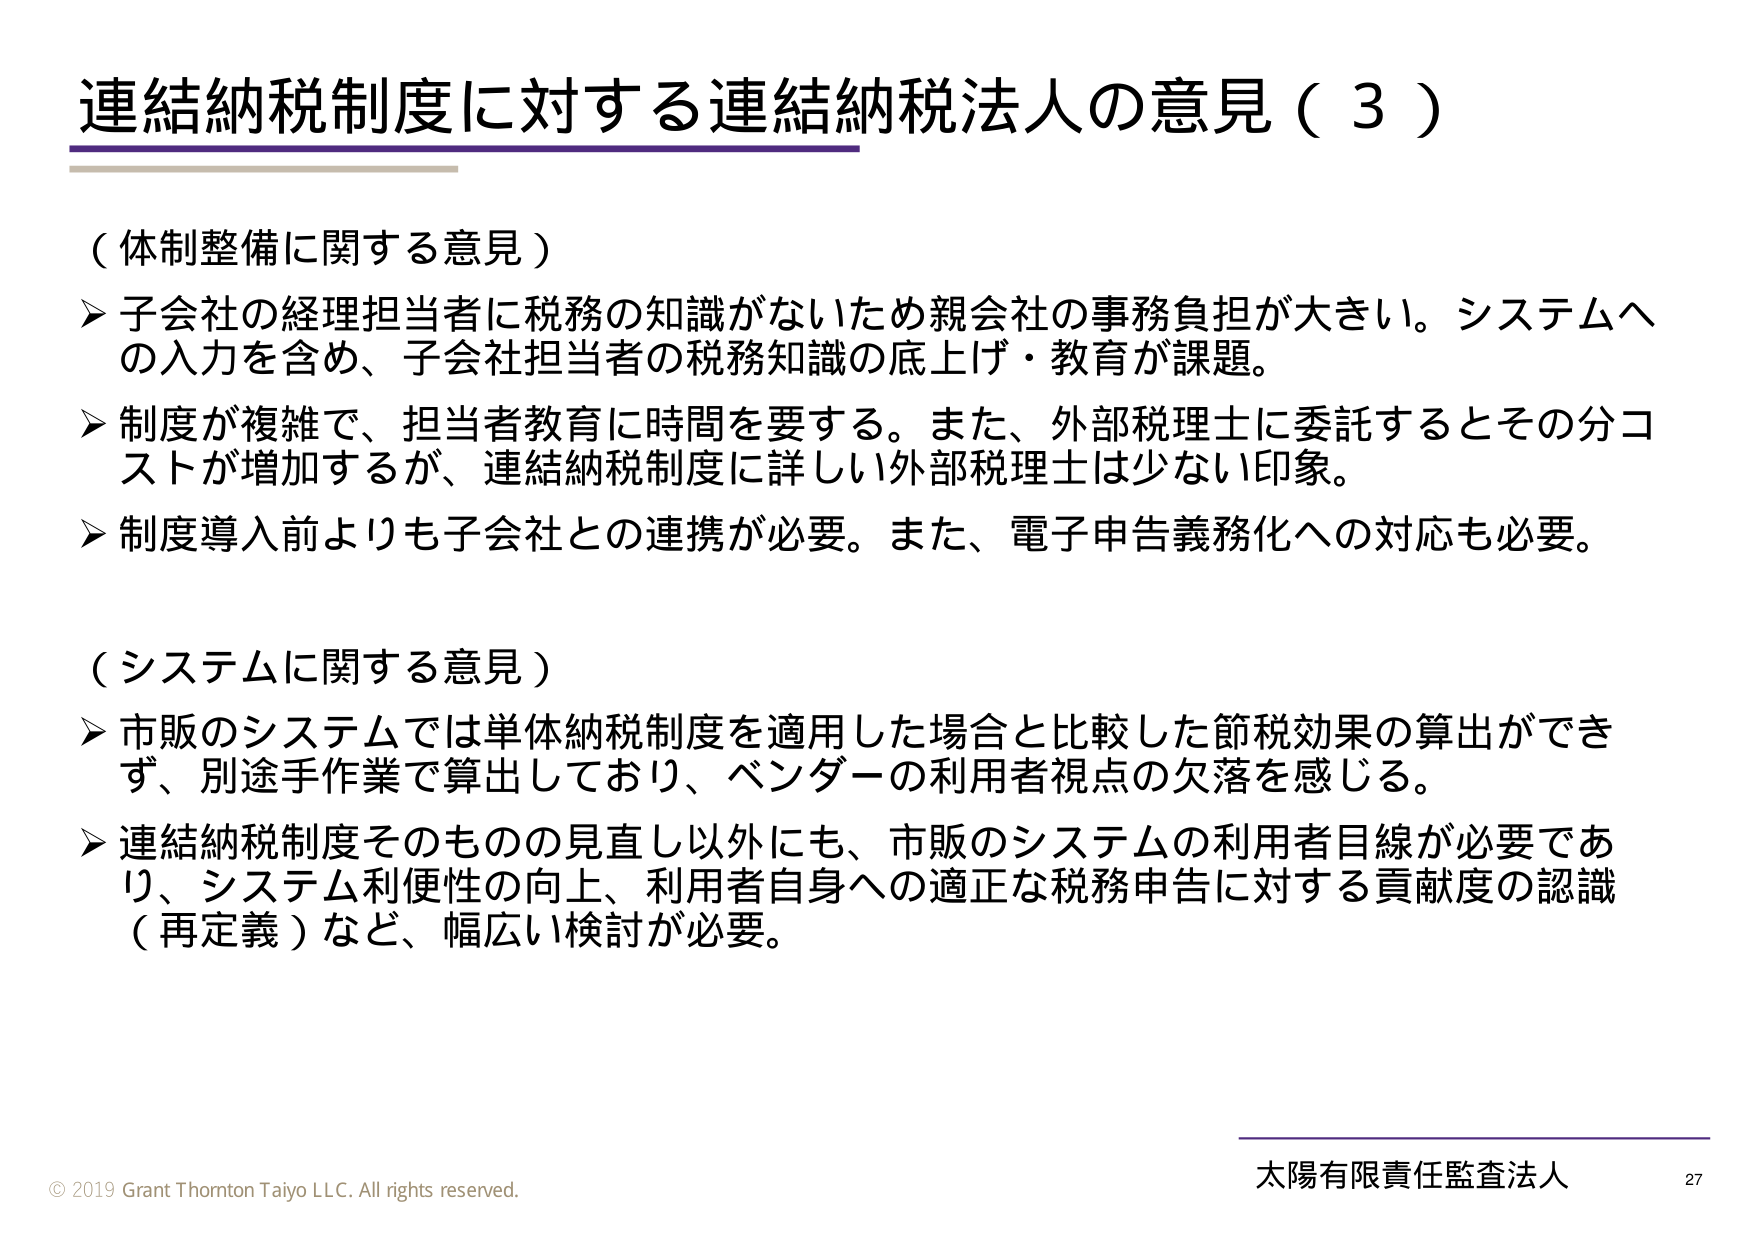
連結納税制度に対する連結納税法人の意見（３）

（体制整備に関する意見）
▶ 子会社の経理担当者に税務の知識がないため親会社の事務負担が大きい。システムへの入力を含め、子会社担当者の税務知識の底上げ・教育が課題。
▶ 制度が複雑で、担当者教育に時間を要する。また、外部税理士に委託するとその分コストが増加するが、連結納税制度に詳しい外部税理士は少ない印象。
▶ 制度導入前よりも子会社との連携が必要。また、電子申告義務化への対応も必要。

（システムに関する意見）
▶ 市販のシステムでは単体納税制度を適用した場合と比較した節税効果の算出ができず、別途手作業で算出しており、ベンダーの利用者視点の欠落を感じる。
▶ 連結納税制度そのものの見直し以外にも、市販のシステムの利用者目線が必要であり、システム利便性の向上、利用者自身への適正な税務申告に対する貢献度の認識（再定義）など、幅広い検討が必要。

© 2019 Grant Thornton Taiyo LLC. All rights reserved.
太陽有限責任監査法人 27